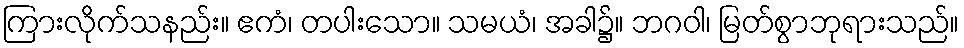
ကြားလိုက်သနည်း။ ဧကံ၊ တပါးသော။ သမယံ၊ အခါ၌။ ဘဂဝါ၊ မြတ်စွာဘုရားသည်။